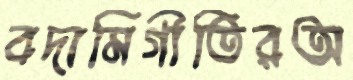
বদামিগীতিরঅ